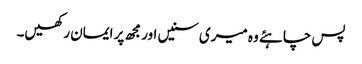
پس چاہئے وہ میری سنیں اور مجھ پر ایمان رکھیں۔